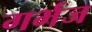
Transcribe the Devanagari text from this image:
गर्भज